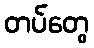
တပ်တွေ